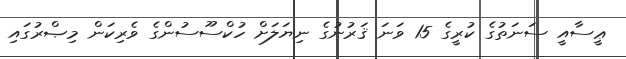
ޢީސާއީ ސަނަތުގެ ކުރީގެ 15 ވަނަ ޤަރުނުގެ ނިޔަލަށް ހުކްސޫސުންގެ ވެރިކަން މިޞްރުގައި